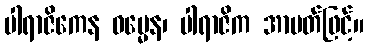
ပါရာဇိကေန ဓမ္မေန၊ ပါရာဇိက အာပတ်ဖြင့်။